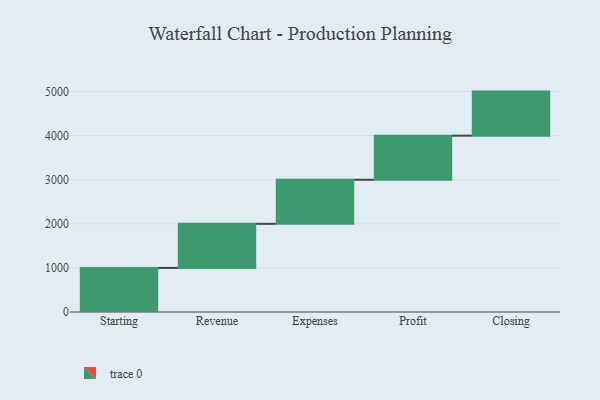
{"axis": {"x": "Step", "y": "Value"}, "legend": [""], "data": [{"x": "Starting", "y": 1000, "type": ""}, {"x": "Revenue", "y": 1000, "type": ""}, {"x": "Expenses", "y": 1000, "type": ""}, {"x": "Profit", "y": 1000, "type": ""}, {"x": "Closing", "y": 1000, "type": ""}]}